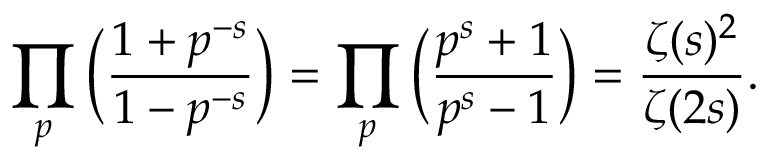
\prod _ { p } { \Big ( } { \frac { 1 + p ^ { - s } } { 1 - p ^ { - s } } } { \Big ) } = \prod _ { p } { \Big ( } { \frac { p ^ { s } + 1 } { p ^ { s } - 1 } } { \Big ) } = { \frac { \zeta ( s ) ^ { 2 } } { \zeta ( 2 s ) } } .